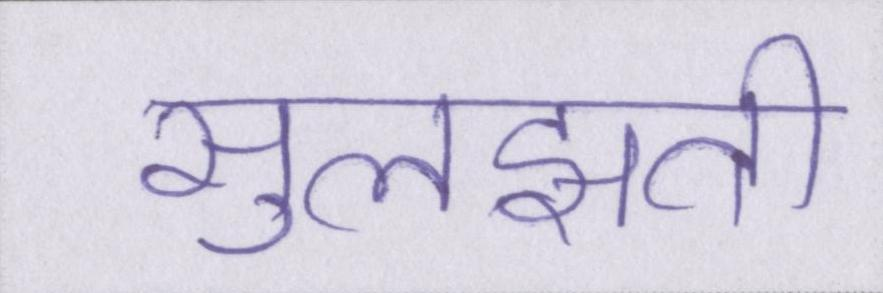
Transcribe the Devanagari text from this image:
सुलझती